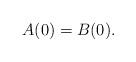
LaTeX: \begin{align*} A(0) = B(0). \end{align*}